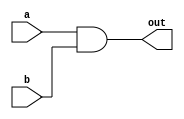
`timescale 1ns / 1ps

module and1x1(
  input  a,
  input  b,
  output  out
  );

  and g1(out,a,b);  

endmodule